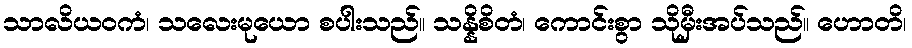
သာလိယဝကံ၊ သလေးမုယော စပါးသည်။ သန္နိစိတံ၊ ကောင်းစွာ သိုမှီးအပ်သည်။ ဟောတိ၊